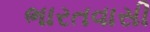
ભારતવાસી